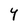
Character: Y